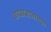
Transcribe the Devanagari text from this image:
कावाबाताच्या